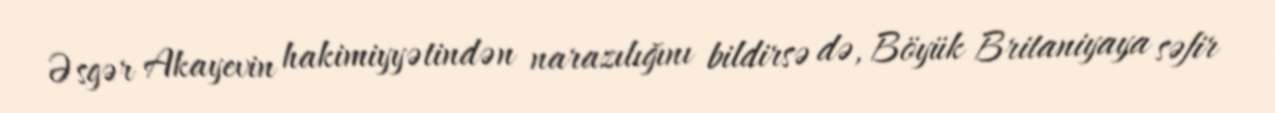
Əsgər Akayevin hakimiyyətindən narazılığını bildirsə də, Böyük Britaniyaya səfir